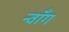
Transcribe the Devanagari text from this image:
न्वाँग